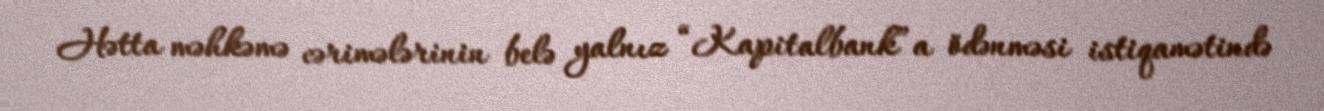
Hətta məhkəmə cərimələrinin belə yalnız “Kapitalbank”a ödənməsi istiqamətində